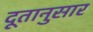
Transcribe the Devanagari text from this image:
दूतानुसार